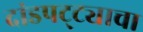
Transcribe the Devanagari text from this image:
दांडपट्ट्याचा